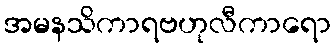
အမနသိကာရဗဟုလီကာရော